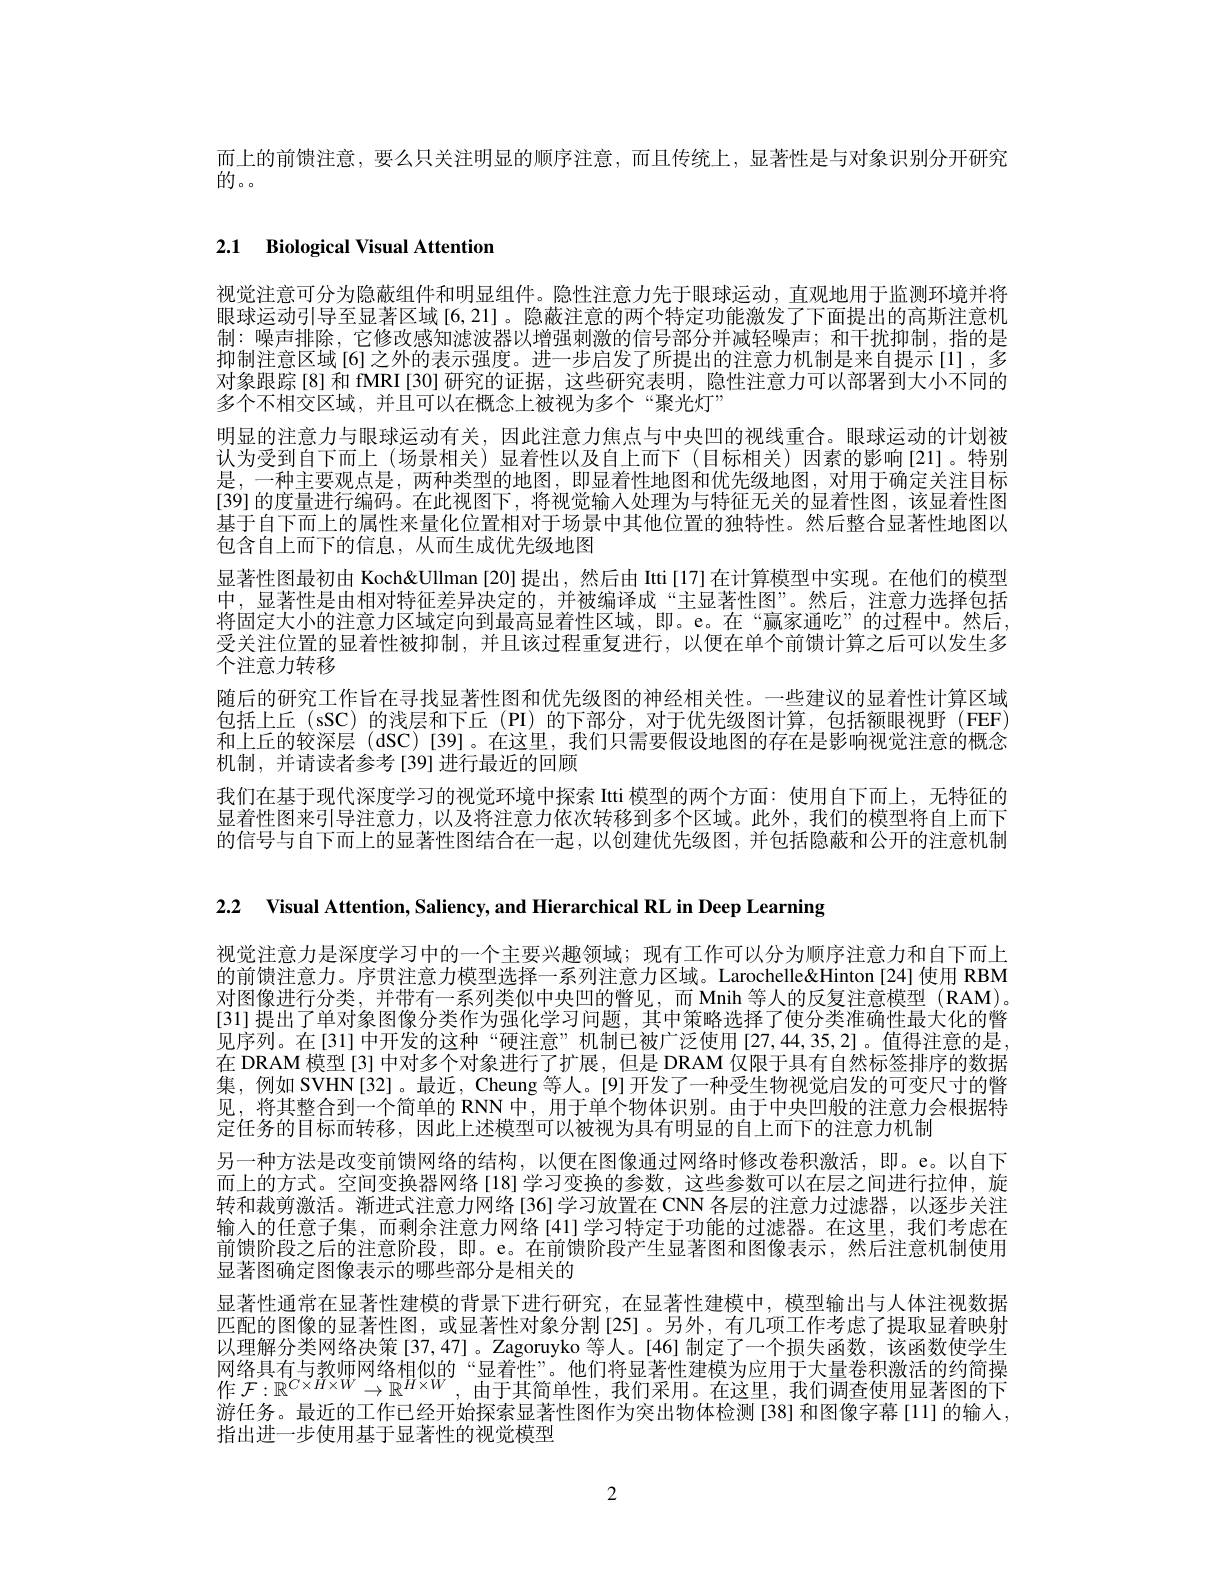
而上的前馈注意，要么只关注明显的顺序注意，而且传统上，显著性是与对象识别分开研究
的。

# 2.1 Biological Visual Attention

视觉注意可分为隐蔽组件和明显组件。隐性注意力先于眼球运动，直观地用于监测环境并将眼球运动引导至显著区域[6,21]。隐蔽注意的两个特定功能激发了下面提出的高斯注意机制：噪声排除，它修改感知滤波器以增强刺激的信号部分并减轻噪声；和干扰抑制，指的是抑制注意区域[6]之外的表示强度。进一步启发了所提出的注意力机制是来自提示[1],多对象跟踪[8]和 fMRI[30] 研究的证据，这些研究表明，隐性注意力可以部署到大小不同的多个不相交区域，并且可以在概念上被视为多个“聚光灯”
明显的注意力与眼球运动有关，因此注意力焦点与中央凹的视线重合。眼球运动的计划被认为受到自下而上 (场景相关)显着性以及自上而下 (目标相关)因素的影响[21]。特别是，一种主要观点是，两种类型的地图，即显着性地图和优先级地图，对用于确定关注目标[39]的度量进行编码。在此视图下，将视觉输入处理为与特征无关的显着性图，该显着性图基于自下而上的属性来量化位置相对于场景中其他位置的独特性。然后整合显著性地图以包含自上而下的信息，从而生成优先级地图
显著性图最初由 Koch&Ullman [20]提出，然后由 Itti[17]在计算模型中实现。在他们的模型中，显著性是由相对特征差异决定的，并被编译成“主显著性图”。然后，注意力选择包括将固定大小的注意力区域定向到最高显着性区域，即。e。在“赢家通吃”的过程中。然后， 受关注位置的显着性被抑制，并且该过程重复进行，以便在单个前馈计算之后可以发生多个注意力转移
随后的研究工作旨在寻找显著性图和优先级图的神经相关性。一些建议的显着性计算区域包括上丘 (sSC)的浅层和下丘 (PI)的下部分，对于优先级图计算，包括额眼视野(FEF) 和上丘的较深层(dSC)[39]。在这里，我们只需要假设地图的存在是影响视觉注意的概念机制，并请读者参考[39]进行最近的回顾
我们在基于现代深度学习的视觉环境中探索 Itti 模型的两个方面：使用自下而上，无特征的显着性图来引导注意力，以及将注意力依次转移到多个区域。此外，我们的模型将自上而下的信号与自下而上的显著性图结合在一起，以创建优先级图，并包括隐蔽和公开的注意机制

2.2 Visual Attention, Saliency, and Hierarchical RL in Deep Learning

视觉注意力是深度学习中的一个主要兴趣领域；现有工作可以分为顺序注意力和自下而上的前馈注意力。序贯注意力模型选择一系列注意力区域。Larochelle&Hinton [24] 使用 RBM 对图像进行分类，并带有一系列类似中央凹的瞥见，而 Mnih 等人的反复注意模型 (RAM)。[31] 提出了单对象图像分类作为强化学习问题，其中策略选择了使分类准确性最大化的瞥见序列。在[31]中开发的这种“硬注意”机制已被广泛使用[27,44,35,2]。值得注意的是在 DRAM 模型 [3] 中对多个对象进行了扩展，但是 DRAM 仅限于具有自然标签排序的数据集，例如 SVHN[32]。最近，Cheung 等人。[9] 开发了一种受生物视觉启发的可变尺寸的瞥见，将其整合到一个简单的 RNN 中，用于单个物体识别。由于中央凹般的注意力会根据特定任务的目标而转移，因此上述模型可以被视为具有明显的自上而下的注意力机制
另一种方法是改变前馈网络的结构，以便在图像通过网络时修改卷积激活，即。e。以自下而上的方式。空间变换器网络[18]学习变换的参数，这些参数可以在层之间进行拉伸，旋转和裁剪激活。渐进式注意力网络[36]学习放置在 CNN 各层的注意力过滤器，以逐步关注输入的任意子集，而剩余注意力网络[41]学习特定于功能的过滤器。在这里，我们考虑在前馈阶段之后的注意阶段，即。e。在前馈阶段产生显著图和图像表示，然后注意机制使用显著图确定图像表示的哪些部分是相关的
显著性通常在显著性建模的背景下进行研究，在显著性建模中，模型输出与人体注视数据匹配的图像的显著性图，或显著性对象分割[25]。另外，有几项工作考虑了提取显着映射以理解分类网络决策 [37,47]。Zagoruyko 等人。[46] 制定了一个损失函数，该函数使学生$\begin{array}{ll}\text{网络具有与教师网络相似的“显着性”。他们将显著性建模为应用于大量卷积激活的约简操}\\\text{作 }\mathcal{F}:\mathbb{R}^{C\times H\times W}\to\mathbb{R}^{H\times W},\:\text{由于其简单性，我们采用。在这里，我们调查使用显著图的下}\end{array}$ 游任务。最近的工作已经开始探索显著性图作为突出物体检测[38]和图像字幕[11]的输入， 指出进一步使用基于显著性的视觉模型

2